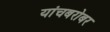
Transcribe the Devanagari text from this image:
यांचबरोबर